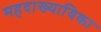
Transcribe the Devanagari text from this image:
महदाख्यायिका